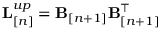
{ \bf L } _ { [ n ] } ^ { u p } = { \bf B } _ { [ n + 1 ] } { \bf B } _ { [ n + 1 ] } ^ { \top }